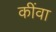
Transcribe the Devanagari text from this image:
कींवा